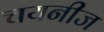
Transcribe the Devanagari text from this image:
चयनीज